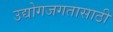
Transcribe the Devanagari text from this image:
उद्योगजगतासाठी